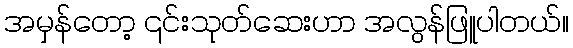
အမှန်တော့ ၎င်းသုတ်ဆေးဟာ အလွန်ဖြူပါတယ်။